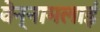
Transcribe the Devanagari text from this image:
वेन्नामलाई